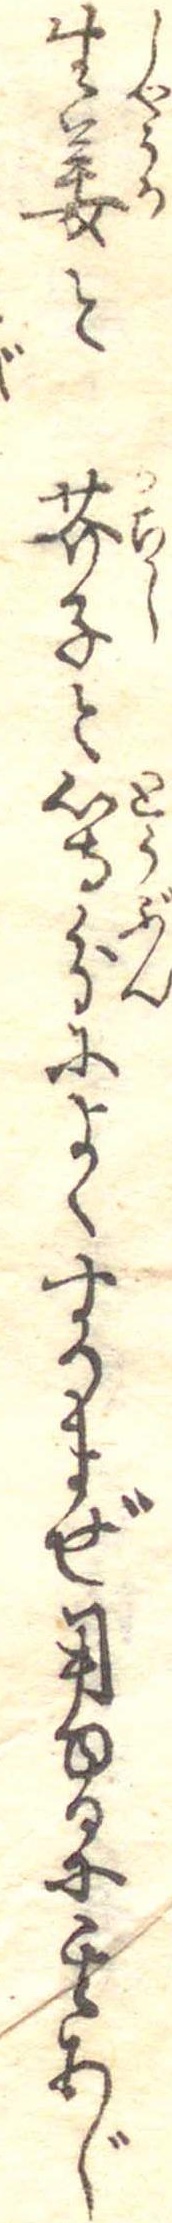
生姜と芥子と等分によくすりまぜ用ゆるに其あじ